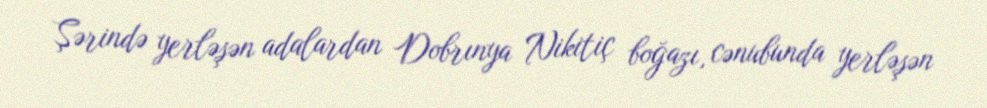
Şərində yerləşən adalardan Dobrınya Nikitiç boğazı, cənubunda yerləşən